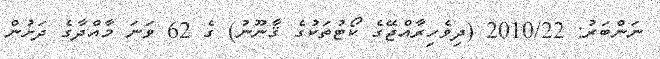
ނަންބަރު: 2010/22 (ދިވެހިރާއްޖޭގެ ކޯޓުތަކުގެ ޤާނޫނު) ގެ 62 ވަނަ މާއްދާގެ ދަށުން